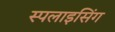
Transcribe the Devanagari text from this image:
स्पलाइसिंग